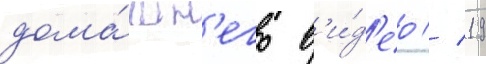
дома́шн'его в'и́д'ео // 19